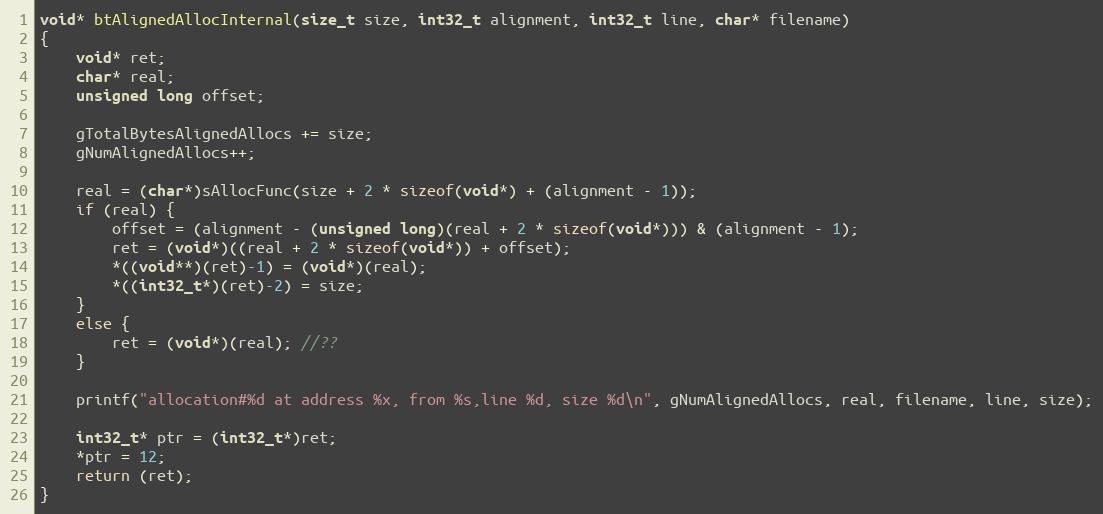
Language: C++
void* btAlignedAllocInternal(size_t size, int32_t alignment, int32_t line, char* filename)
{
    void* ret;
    char* real;
    unsigned long offset;

    gTotalBytesAlignedAllocs += size;
    gNumAlignedAllocs++;

    real = (char*)sAllocFunc(size + 2 * sizeof(void*) + (alignment - 1));
    if (real) {
        offset = (alignment - (unsigned long)(real + 2 * sizeof(void*))) & (alignment - 1);
        ret = (void*)((real + 2 * sizeof(void*)) + offset);
        *((void**)(ret)-1) = (void*)(real);
        *((int32_t*)(ret)-2) = size;
    }
    else {
        ret = (void*)(real); //??
    }

    printf("allocation#%d at address %x, from %s,line %d, size %d\n", gNumAlignedAllocs, real, filename, line, size);

    int32_t* ptr = (int32_t*)ret;
    *ptr = 12;
    return (ret);
}